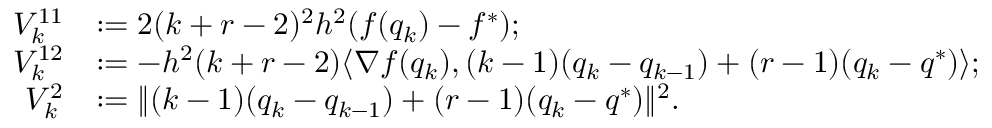
\begin{array} { r l } { V _ { k } ^ { 1 1 } } & { : = 2 ( k + r - 2 ) ^ { 2 } h ^ { 2 } ( f ( q _ { k } ) - f ^ { * } ) ; } \\ { V _ { k } ^ { 1 2 } } & { : = - h ^ { 2 } ( k + r - 2 ) \langle \nabla f ( q _ { k } ) , ( k - 1 ) ( q _ { k } - q _ { k - 1 } ) + ( r - 1 ) ( q _ { k } - q ^ { * } ) \rangle ; } \\ { V _ { k } ^ { 2 } } & { : = \| ( k - 1 ) ( q _ { k } - q _ { k - 1 } ) + ( r - 1 ) ( q _ { k } - q ^ { * } ) \| ^ { 2 } . } \end{array}